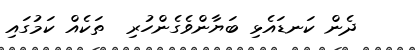
ދެން ކަނޑައެޅި ބަޔާންވެގެންހުރި  ތަކެއް ކަމުގައި